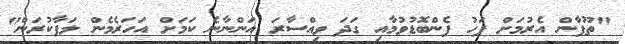
"ތޫފާން އެރުމަށް ފަހު ފެންބޮޑުވުމާއި ގަދަ ވިއްސާރަ އަންނާނެ ކަމަށް އަހަރެމެން ލަފާކުރަން"